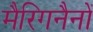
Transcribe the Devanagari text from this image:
मैरिगनैनों